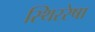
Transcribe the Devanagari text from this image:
स्थिररेषा